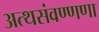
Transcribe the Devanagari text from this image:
अत्थसंवण्णणा